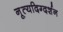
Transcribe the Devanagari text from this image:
नृ्त्यदिग्दर्शन